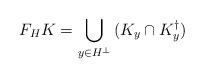
LaTeX: \begin{align*}F_HK=\bigcup_{y\in H^{\perp}}\,(K_y\cap K^{\dagger}_y)\end{align*}